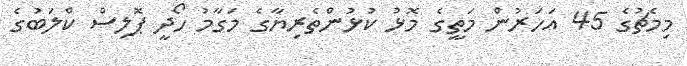
މިމެޗުގެ 45 އަހަރުން މަތީގެ މޮޅު ކުޅުންތެރިޔާގެ މަގާމު ހޯދީ ޕޮލިސް ކްލަބުގެ